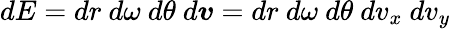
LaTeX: dE=dr\ d\omega\ d\theta\ d\boldsymbol{v}=dr\ d\omega\ d\theta\ dv_{x}\ dv_{y}